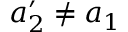
a _ { 2 } ^ { \prime } \neq a _ { 1 }